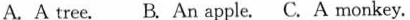
A.A tree. B.An apple. C.A monkey.